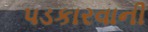
પડકારવાની